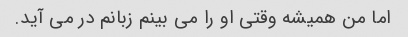
اما من همیشه وقتی او را می بینم زبانم در می آید.